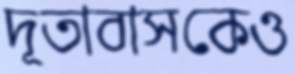
দূতাবাসকেও